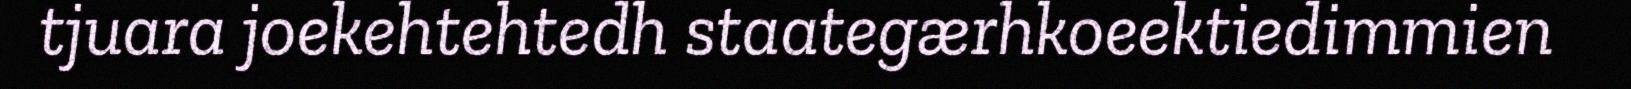
tjuara joekehtehtedh staategærhkoeektiedimmien